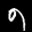
Label: 9